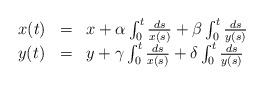
\begin{align*} \begin{array}{lll} x(t) & = & x+\alpha\int_0^t\frac{ds}{x(s)} + \beta \int_0^t\frac{ds}{y(s)} \\ y(t) & = & y + \gamma\int_0^t \frac{ds}{x(s)} + \delta \int_0^t\frac{ds}{y(s)} \end{array}\end{align*}